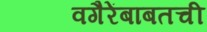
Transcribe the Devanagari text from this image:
वगैरेंबाबतची